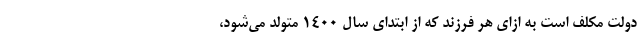
دولت مکلف است به ازای هر فرزند که از ابتدای سال ۱۴۰۰ متولد می‌شود،